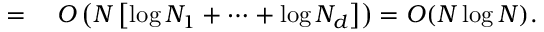
\begin{array} { r l } { = { } } & { { } O \left( N \left[ \log N _ { 1 } + \cdots + \log N _ { d } \right] \right) = O ( N \log N ) . } \end{array}